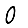
Digit: 0